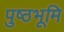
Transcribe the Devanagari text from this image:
पुष्ठभूमि